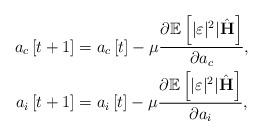
LaTeX: \begin{align*} a_c\left[t+1\right]&=a_c\left[t\right]-\mu\frac{\partial\mathbb{E}\left[\lvert\varepsilon\rvert^2|\hat{\mathbf{H}}^{}\right]}{\partial a_c},\\ a_i\left[t+1\right]&=a_i\left[t\right]-\mu\frac{\partial\mathbb{E}\left[\lvert\varepsilon\rvert^2|\hat{\mathbf{H}}^{}\right]}{\partial a_i}, \end{align*}